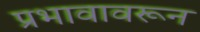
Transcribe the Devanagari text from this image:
प्रभावावरून